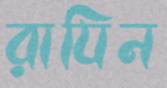
রাযিন